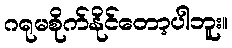
ဂရုမစိုက်နိုင်တော့ပါဘူး။